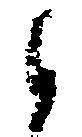
候